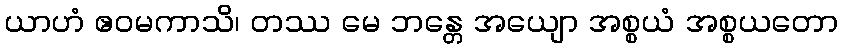
ယာဟံ ဧဝမကာသိ၊ တဿ မေ ဘန္တေ အယျော အစ္စယံ အစ္စယတော